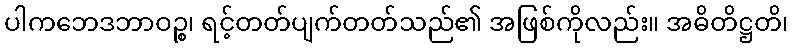
ပါကဘေဒဘာဝဉ္စ၊ ရင့်တတ်ပျက်တတ်သည်၏ အဖြစ်ကိုလည်း။ အဓိတိဋ္ဌတိ၊